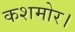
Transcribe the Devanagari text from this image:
कशमोर।